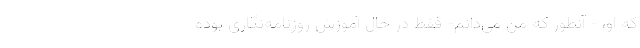
که او، - آنطور که من می‌‌دانم- فقط در حال آموزش روزنامه‌نگاری بوده